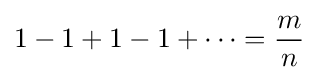
1-1+1-1+\dots ={\frac {m}{n}}